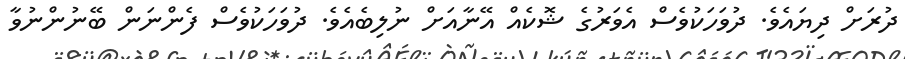
ދުރަށް ދިޔައެވެ. ދުވަހަކުވެސް އެވަރުގެ ޝޮކެއް އޭނާއަށް ނުލިބެއެވެ. ދުވަހަކުވެސް ފެންނަން ބޭނުންނުވާ